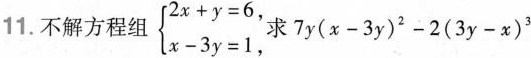
11. 不解方程组 \left\{ \begin{matrix} $$2x + y = 6$$, \\ $$x - 3y = 1$$, \\ \end{matrix} \right.求 $$7y(x - 3y)^{2} - 2(3y - x)^{3}$$